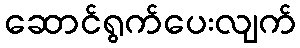
ဆောင်ရွက်ပေးလျက်